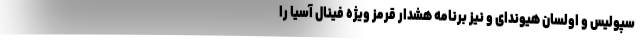
سپولیس و اولسان هیوندای و نیز برنامه هشدار قرمز ویژه فینال آسیا را